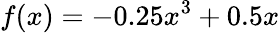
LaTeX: {f(x)=-0.25x^{3}+0.5x}